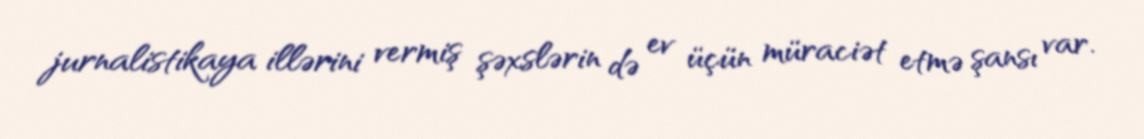
jurnalistikaya illərini vermiş şəxslərin də ev üçün müraciət etmə şansı var.